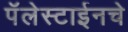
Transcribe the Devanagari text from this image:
पॅलेस्टाईनचे